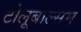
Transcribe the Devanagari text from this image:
टोलूबाल्सम